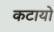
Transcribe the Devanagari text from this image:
कटायो